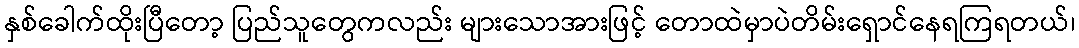
နှစ်ခေါက်ထိုးပြီတော့ ပြည်သူတွေကလည်း များသောအားဖြင့် တောထဲမှာပဲတိမ်းရှောင်နေရကြရတယ်၊